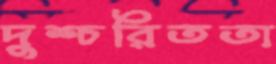
দুশ্চরিততা